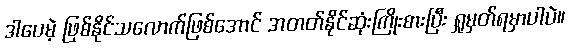
ဒါပေမဲ့ ဖြစ်နိုင်သလောက်ဖြစ်အောင် အတတ်နိုင်ဆုံးကြိုးစားပြီး ရှုမှတ်ရမှာပါပဲ။